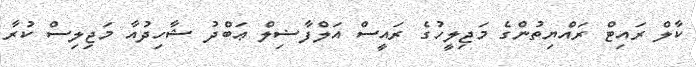
ކާލް ރައިޓް ރައްޔިތުންގެ މަޖިލީހުގެ ރައީސް އަލްފާޟިލް ޢަބްދު ޝާހިދުއާ މަޖިލިސް ކުރާ